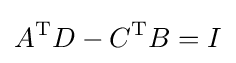
A^{\text{T}}D-C^{\text{T}}B=I